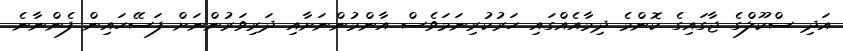
އަދި ސްކޫލްގެ ޖާގައިގެ ކޮންމެ ދިމާއެއްގައި ހަރުކުރިނަމަވެސް އާންމުންނަށާއި ދަރިވަރުންނަށް ފަސޭހައިން ފެންނާނެ